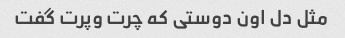
مثل دل اون دوستی که چرت وپرت گفت